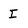
Character: I